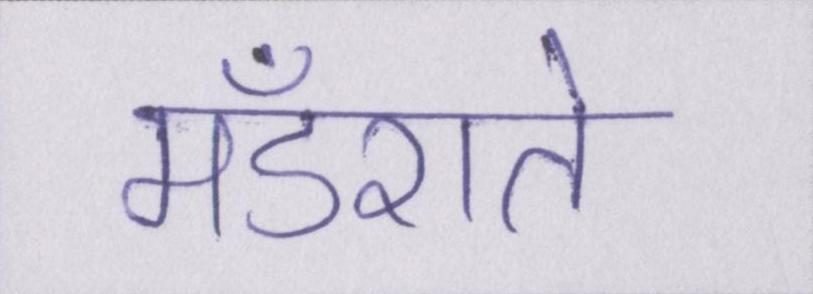
मँडराते